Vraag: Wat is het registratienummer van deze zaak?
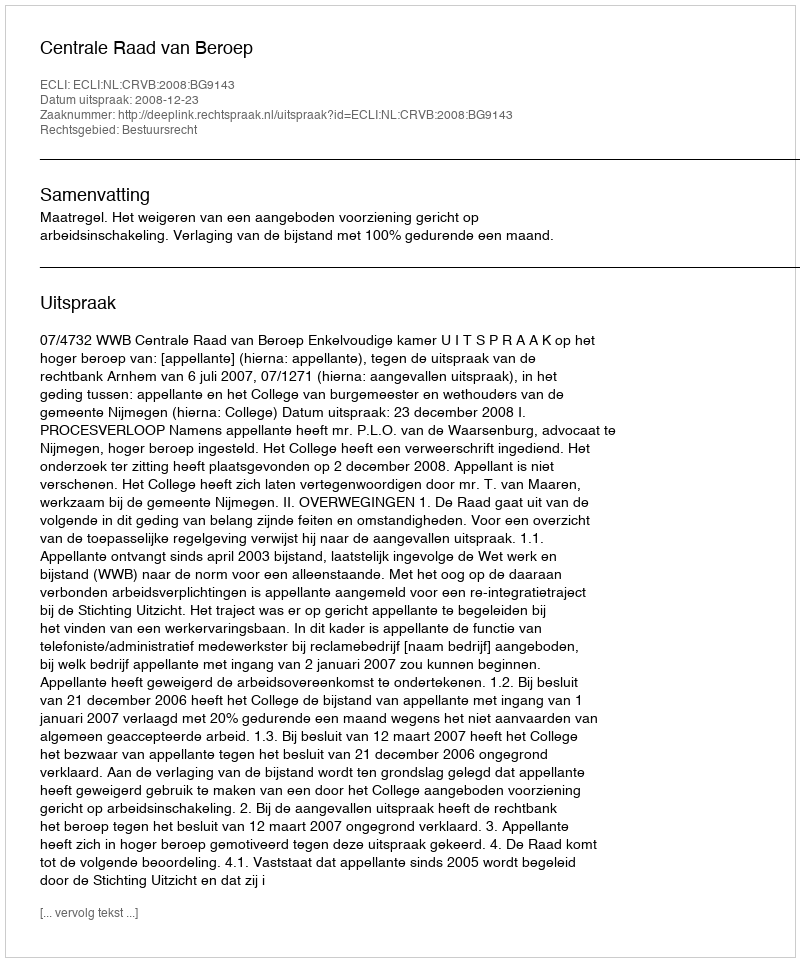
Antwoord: http://deeplink.rechtspraak.nl/uitspraak?id=ECLI:NL:CRVB:2008:BG9143